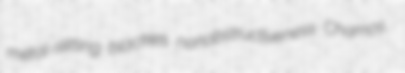
metal-slitting blackies nonobstructiveness Chamos